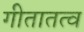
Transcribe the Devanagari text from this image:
गीतातत्व